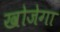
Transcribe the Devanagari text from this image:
खोजेगा